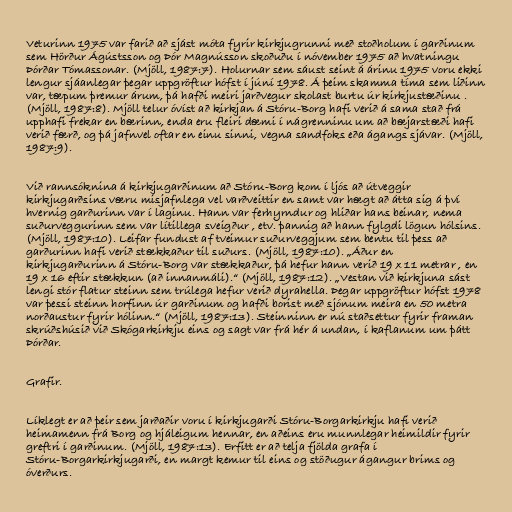
Veturinn 1975 var farið að sjást móta fyrir kirkjugrunni með stoðholum í garðinum
sem Hörður Ágústsson og Þór Magnússon skoðuðu í nóvember 1975 að hvatningu
Þórðar Tómassonar. (Mjöll, 1987:7). Holurnar sem sáust seint á árinu 1975 voru ekki
lengur sjáanlegar þegar uppgröftur hófst í júní 1978. Á þeim skamma tíma sem liðinn
var, tæpum þremur árum, þá hafði meiri jarðvegur skolast burtu úr kirkjustæðinu .
(Mjöll, 1987:8). Mjöll telur óvíst að kirkjan á Stóru-Borg hafi verið á sama stað frá
upphafi frekar en bærinn, enda eru fleiri dæmi í nágrenninu um að bæjarstæði hafi
verið færð, og þá jafnvel oftar en einu sinni, vegna sandfoks eða ágangs sjávar. (Mjöll,
1987:9).

Við rannsóknina á kirkjugarðinum að Stóru-Borg kom í ljós að útveggir
kirkjugarðsins væru misjafnlega vel varðveittir en samt var hægt að átta sig á því
hvernig garðurinn var í laginu. Hann var ferhyrndur og hliðar hans beinar, nema
suðurveggurinn sem var lítillega sveigður , etv. þannig að hann fylgdi lögun hólsins.
(Mjöll, 1987:10). Leifar fundust af tveimur suðurveggjum sem bentu til þess að
garðurinn hafi verið stækkaður til suðurs. (Mjöll, 1987:10). „Áður en
kirkjugarðurinn á Stóru-Borg var stækkaður, þá hefur hann verið 19 x 11 metrar , en
19 x 16 eftir stækkun (að innanmáli).“ (Mjöll, 1987:12). „Vestan við kirkjuna sást
lengi stór flatur steinn sem trúlega hefur verið dyrahella. Þegar uppgröftur hófst 1978
var þessi steinn horfinn úr garðinum og hafði borist með sjónum meira en 50 metra
norðaustur fyrir hólinn.“ (Mjöll, 1987:13). Steinninn er nú staðsettur fyrir framan
skrúðshúsið við Skógarkirkju eins og sagt var frá hér á undan, í kaflanum um þátt
Þórðar.

Grafir.

Líklegt er að þeir sem jarðaðir voru í kirkjugarði Stóru-Borgarkirkju hafi verið
heimamenn frá Borg og hjáleigum hennar, en aðeins eru munnlegar heimildir fyrir
greftri í garðinum. (Mjöll, 1987:13). Erfitt er að telja fjölda grafa í
Stóru-Borgarkirkjugarði, en margt kemur til eins og stöðugur ágangur brims og
óverðurs.